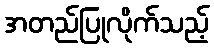
အတည်ပြုလိုက်သည့်